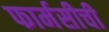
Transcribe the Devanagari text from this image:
फार्मसीची